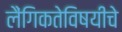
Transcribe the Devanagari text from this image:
लैंगिकतेविषयीचे